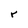
Character: r